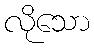
လိုသော